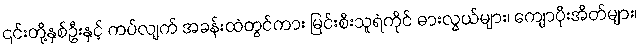
၎င်းတို့နှစ်ဦးနှင့် ကပ်လျက် အခန်းထဲတွင်ကား မြင်းစီးသူရဲကိုင် ဓားလွယ်များ၊ ကျောပိုးအိတ်များ၊